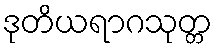
ဒုတိယရာဂသုတ္တ